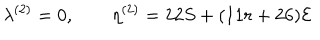
\lambda ^ { ( 2 ) } = 0 , \qquad \eta ^ { ( 2 ) } = 2 2 S + ( 1 1 r + 2 6 ) { \cal { E } }